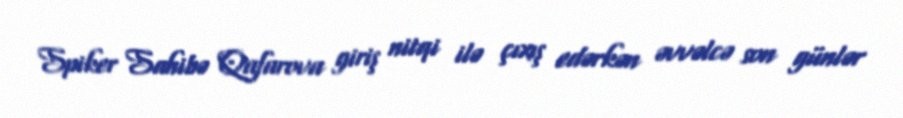
Spiker Sahibə Qafarova giriş nitqi ilə çıxış edərkən əvvəlcə son günlər